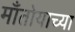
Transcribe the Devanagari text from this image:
माँतोयाच्या